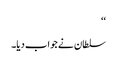
‘‘
سلطان نے جواب دیا۔